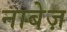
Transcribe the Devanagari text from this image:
नाबेज़